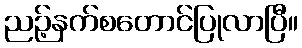
ညဉ့်နက်စတောင်ပြုလာပြီ။